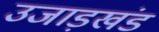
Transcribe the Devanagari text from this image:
उजाड़खंड